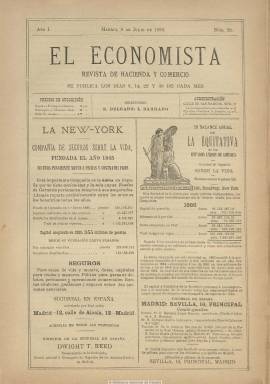
Título: El Economista (Madrid. 1886)
Colección: Economía
Ámbito geográfico: Madrid
Lugar de publicación: Madrid
Fechas: 08/07/1886-30/12/1886

De la unión de El Economista español y La Hacienda y el comercio, se publica este título a partir del 8 de julio de 1886, manteniendo la secuencia y paginación del primero, y por tanto con la entrega número 20 y la página 305. Además del empresario, político y periodista salmantino Isidoro García Barrado (1856-1902), fundador de El Economista español, codirige este periódico E. Delgado. El subtítulo que adopta es “revista de hacienda y comercio”, y aparece los días 8, 14, 22 y 30 de cada mes, en entregas de doce páginas, compuestas a dos columnas. No insertará ilustraciones, salvo las que aparezcan en sus inserciones publicitarias.

Sigue siendo una publicación con artículos doctrinales e informaciones y noticias sobre los mercados financieros, bursátiles y de materias primas, Hacienda pública, fiscalidad, entidades financieras y productoras o de seguros y mercantiles. Cada entrega empieza con el sumario de sus contenidos. Publica textos sobre presupuestos públicos, organización de las bolsas, la deuda flotante española, las entidades financieras tanto españolas como de otros países, las producciones agrícolas, o de ferrocarriles y de la marina mercante, entre otros asuntos.

También inserta un boletín de bolsas y bancos, otro de legislación comparada, guías de banqueros accionistas, o una sección legislativa. Entre sus artículos aparecen los que titula El obrero vascongado y El colectivismo, así como otro bajo el epígrafe El crédito y los bancos, firmado por Camilo Villavaso.

Su codirector –García Barrado- fue un empresario vinculado al comercio de Ultramar, que en 1883 había fundado la Caja de Ahorros y Monte de Piedad de Salamanca, más tarde dirige El Adelanto de Salamanca (1883), y fue también senador.

La colección digitalizada de este título en la Biblioteca Nacional de España acaba en el número 42, de 30 de diciembre de ese mismo año 1886 en el que comenzó a publicarse, y en la página 580, pues su foliación es continuada. Siguió publicándose, cambiando de propiedad y directores, hasta 1937, reapareciendo en 1941, y se le ha venido en considerar como antecesor de El Economista, que comenzó a publicarse de nuevo en el año 2006.

Estos ejemplares se encontraban en Hemeroteca Digital como parte del título El Economista español, del que este es continuación. Falta digitalizar desde 1887 hasta 1937.